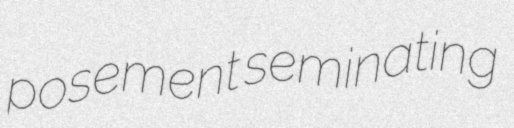
posement seminating